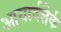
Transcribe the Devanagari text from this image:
आयार्वत्तैर्क